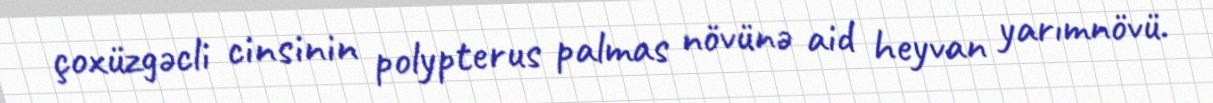
çoxüzgəcli cinsinin polypterus palmas növünə aid heyvan yarımnövü.